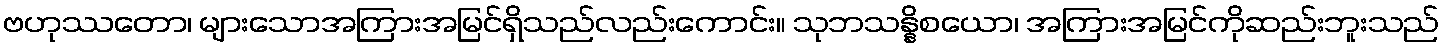
ဗဟုဿတော၊ များသောအကြားအမြင်ရှိသည်လည်းကောင်း။ သုဘသန္နိစယော၊ အကြားအမြင်ကိုဆည်းဘူးသည်